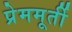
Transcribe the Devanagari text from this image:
प्रेममूर्ती